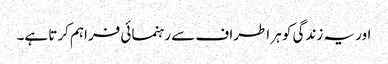
اور یہ زندگی کو ہر اطراف سے رہنمائی فراہم کرتا ہے۔